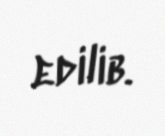
edilib.